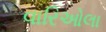
વારિઓલા